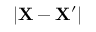
| \mathbf { X } - \mathbf { X } ^ { \prime } |